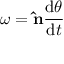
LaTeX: { \boldsymbol { \omega } } = \mathbf { \hat { n } } { \frac { \mathrm { { d } } \theta } { \mathrm { { d } } t } }